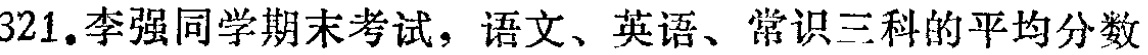
321.李强同学期末考试，语文、英语、常识三科的平均分数